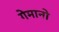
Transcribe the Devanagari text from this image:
गेमानो